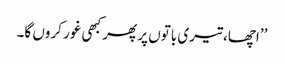
’’اچھا، تیری باتوں پر پھر کبھی غور کروں گا۔